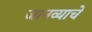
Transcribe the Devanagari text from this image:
जानव्याचे